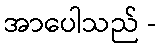
အာပေါသည် -